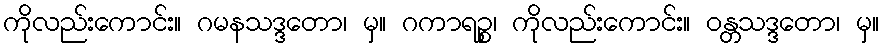
ကိုလည်းကောင်း။ ဂမနသဒ္ဒတော၊ မှ။ ဂကာရဉ္စ၊ ကိုလည်းကောင်း။ ဝန္တသဒ္ဒတော၊ မှ။